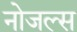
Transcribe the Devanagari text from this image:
नोजल्स